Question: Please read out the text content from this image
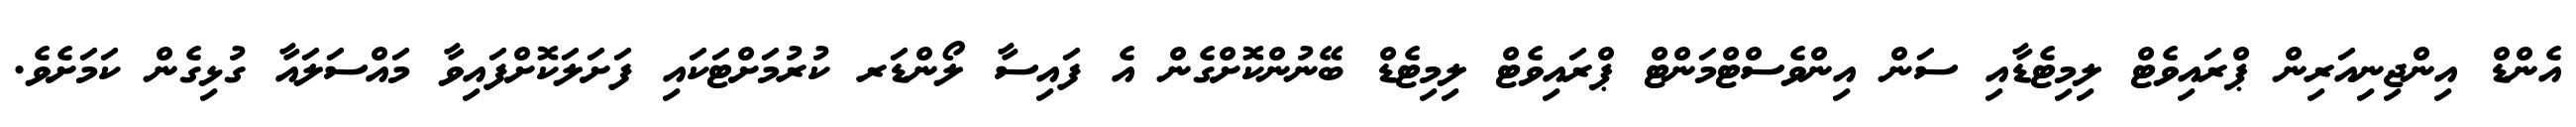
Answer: އެންޑް އިންޖިނިއަރިން ޕްރައިވެޓް ލިމިޓެޑާއި ސަން އިންވެސްޓްމަންޓް ޕްރައިވެޓް ލިމިޓެޑް ބޭނުންކޮށްގެން އެ ފައިސާ ލޯންޑަރ ކުރުމަށްޓަކައި ފަށަލަކޮށްފައިވާ މައްސަލައާ ގުޅިގެން ކަމަށެވެ.